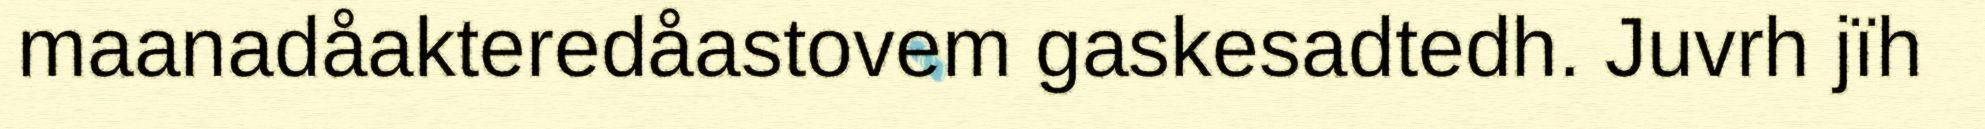
maanadåakteredåastovem gaskesadtedh. Juvrh jïh